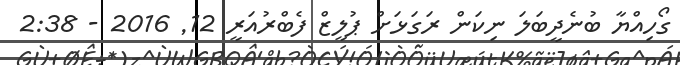
ގޯހިއްޔާ ބުނެދީބަލަ ނިކަން ރަގަޅަށް ޕުލީޒް ފެބްރުއަރީ 12